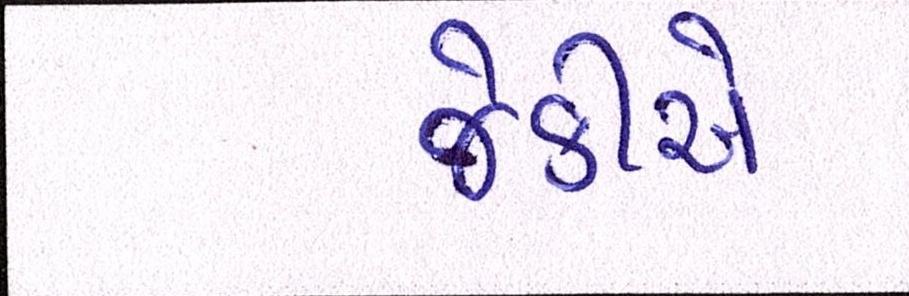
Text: જેકીએ